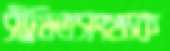
সীমিতসংখ্যক